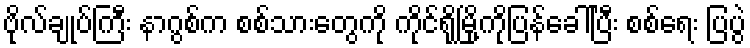
ဗိုလ်ချုပ်ကြီး နာဂွစ်က စစ်သားတွေကို ကိုင်ရိုမြို့ကိုပြန်ခေါ်ပြီး စစ်ရေး ပြပွဲ